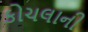
કોચલાની